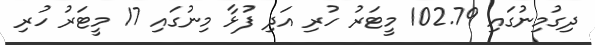
ދިގުމިނުގައި 102.79 މީޓަރު ހުރި އަދި ފުޅާ މިނުގައި 17 މީޓަރު ހުރި